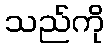
သည်ကို